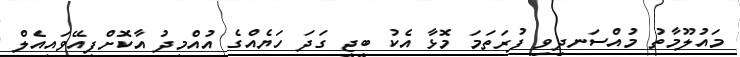
މައުލޫމާތު މުއްސަނދިވި ފުރަތަމަ މޮޅާ އެކު ބީޖީ ގަދަ ހަޔެއްގެ އުއްމީދު އާކޮށްފިއޭވައިއެލް